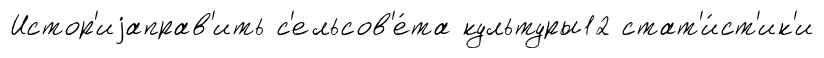
Истор'иjаправ'ить с'ельсов'е́та культуры12 стат'и́ст'ик'и